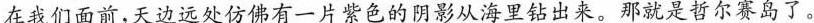
在我们面前，天边远处仿佛有一片紫色的阴影从海里钻出来。那就是哲尔赛岛了。